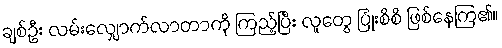
ချစ်ဦး လမ်းလျှောက်လာတာကို ကြည့်ပြီး လူတွေ ပြုံးစိစိ ဖြစ်နေကြ၏။